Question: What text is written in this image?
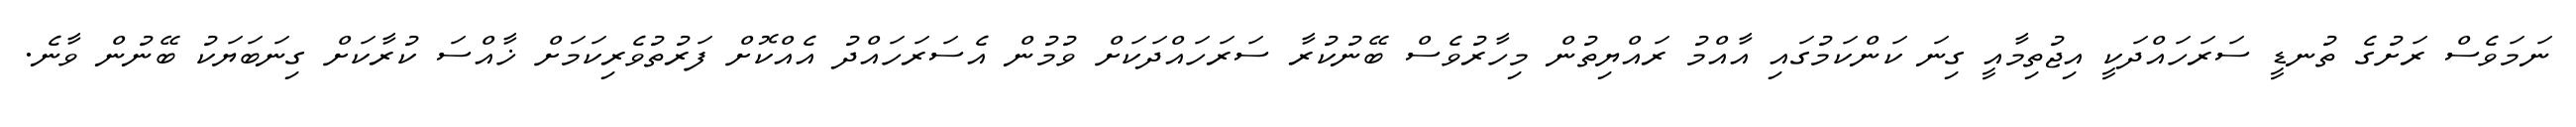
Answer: ނަމަވެސް ރަށުގެ ތުނޑީ ސަރަހައްދަކީ އިޖުތިމާއީ ގިނަ ކަންކަމުގައި އާއްމު ރައްޔިތުން މިހާރުވެސް ބޭނުކުރާ ސަރަހައްދަކަށް ވުމުން އެސަރަހައްދު އެއްކޮށް ފަރުތުވެރިކަމަށް ޚާއްސަ ކުރާކަށް ގިނަބަޔަކު ބޭނުން ވާނެ.